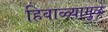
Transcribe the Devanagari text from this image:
हिवाळ्यामुळे